Vaccination in the Punjab 1905-1918 - 1905-1918
Year: 1905
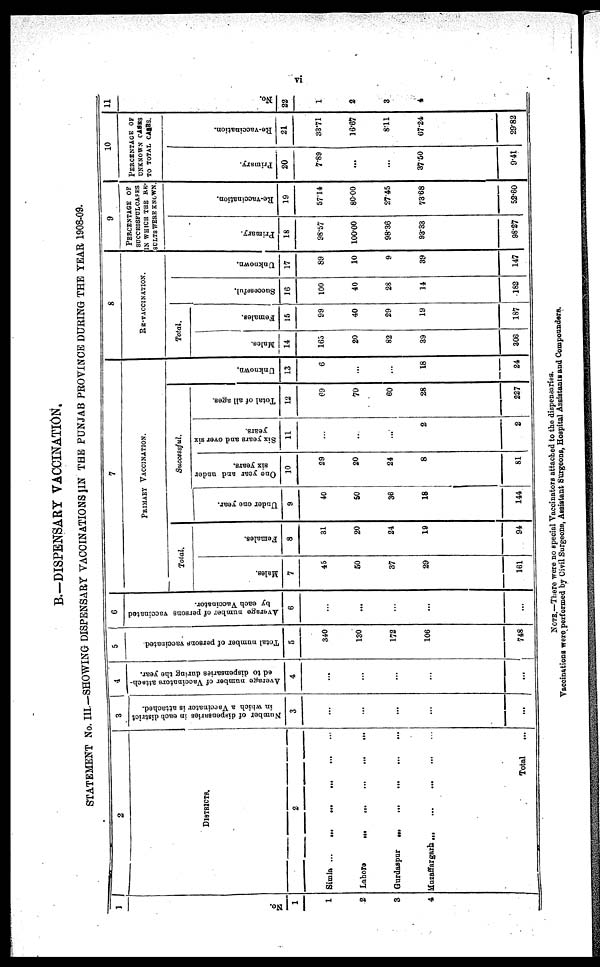
vi
B.—DISPENSARY VACCINATION.
STATEMENT No. III.—SHOWING DISPENSARY VACCINATIONS IN THE PUNJAB PROVINCE DURING THE YEAR 1908-09.
1
No.
1
1
2
3
4
2
DISTRICTS.
2
Simla ...
.
.
. ... ... ... ...
Lahore
.
.
. ... ... ... ...
Gurdaspur
... ... ... ... ...
Muzaffargarh ...
...
...
...
...
Total ...
3
Number of dispensaries in each district
in which a Vaccinator is attached.
3
...
...
...
...
. . .
4
Average number of Vaccinators attach-
ed to dispensaries during the year.
4
...
...
...
...
...
5
Total number of persons vaccinated.
5
340
130
172
106
748
6
Average number of persons vaccinated
by each Vaccinator.
6
...
...
...
...
...
7
PRIMARY VACCINATION.
Total.
Males.
7
45
50
37
29
161
Females.
8
31
20
24
19
94
Successful.
Under one year.
9
40
50
36
18
144
One year and under
six years.
10
29
20
24
8
81
Six years and over six
years.
11
...
...
...
2
2
Total of all ages.
12
69
70
60
28
227
Unknown.
13
6
...
...
18
24
8
RE- VACCINATION.
Total.
Males.
14
165
20
82
39
306
Females.
15
99
40
29
19
187
Successful.
16
100
40
28
14
182
Unknown.
17
89
10
9
39
147
9
PERCENTAGE OF
SUCCESSFUL CASES
IN WHICH THE RE¬
SULTS WERE KNOWN.
Primary.
18
98.57
100.00
98.36
93.33
98.27
Re-vaccination.
19
57.14
80.00
27.45
73.68
52.60
10
PERCENTAGE OF
UNKNOWN CASES
TO TOTAL CASES.
Primary.
20
7.89
...
...
37.50
9.41
Re-vaccination.
21
33.71
16.67
8.11
67.24
29.82
11
No.
22
1
2
3
4
NOTE.—There were no special Vaccinators attached to the dispensaries.
Vaccinations were performed by Civil Surgeons, Assistant Surgeons, Hospital Assistants and Compounders.